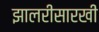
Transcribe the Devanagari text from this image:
झालरीसारखी